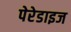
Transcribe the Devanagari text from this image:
पेरेडाइज